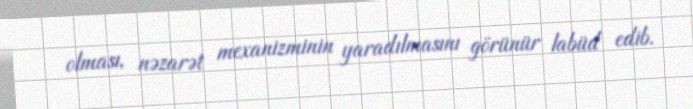
olması, nəzarət mexanizminin yaradılmasını görünür labüd edib.